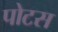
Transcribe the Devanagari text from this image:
पोटस